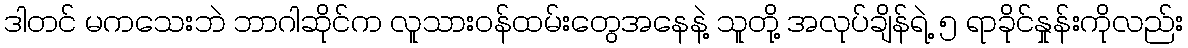
ဒါတင် မကသေးဘဲ ဘာဂါဆိုင်က လူသားဝန်ထမ်းတွေအနေနဲ့ သူတို့ အလုပ်ချိန်ရဲ့ ၅ ရာခိုင်နှုန်းကိုလည်း